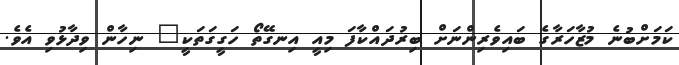
ކަމަށްބުނެ މުޒާހަރާގެ ބައިވެރިންނަށް ބިރުދައްކާފަ މިއީ އިނގޭތޯ ހަގީގަތަކީ" ނިހާން ވިދާޅުވި އެވެ.